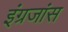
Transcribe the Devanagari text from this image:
इंग्रजांस